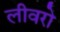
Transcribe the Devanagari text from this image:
लीवरो